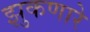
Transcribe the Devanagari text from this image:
झुकणारे